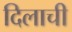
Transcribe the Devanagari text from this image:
दिलाची